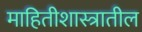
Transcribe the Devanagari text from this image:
माहितीशास्त्रातील